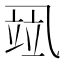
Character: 𰁌